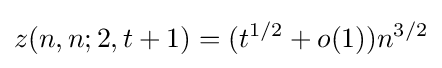
z(n,n;2,t+1)=(t^{1/2}+o(1))n^{3/2}